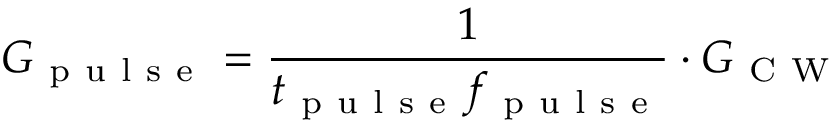
G _ { \mathrm { ~ p ~ u ~ l ~ s ~ e ~ } } = \frac { 1 } { t _ { \mathrm { ~ p ~ u ~ l ~ s ~ e ~ } } f _ { \mathrm { ~ p ~ u ~ l ~ s ~ e ~ } } } \cdot G _ { \mathrm { ~ C ~ W ~ } }